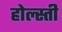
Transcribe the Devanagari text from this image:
होल्स्ती